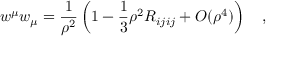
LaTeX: w ^ { \mu } w _ { \mu } = { \frac { 1 } { \rho ^ { 2 } } } \left( 1 - \frac 1 3 \rho ^ { 2 } R _ { i j i j } + O ( \rho ^ { 4 } ) \right) ~ ~ ~ ,